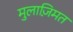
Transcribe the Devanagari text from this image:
मुलाज़िमत